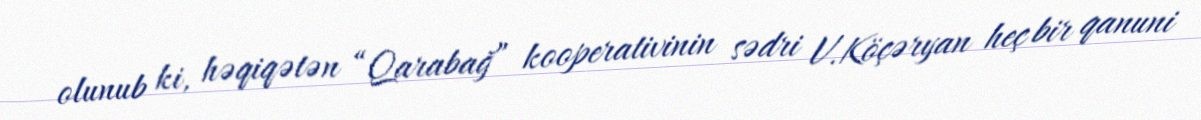
olunub ki, həqiqətən “Qarabağ” kooperativinin sədri V.Köçəryan heç bir qanuni